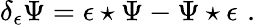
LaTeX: \delta_{\epsilon}\Psi=\epsilon\star\Psi-\Psi\star\epsilon\, \, .